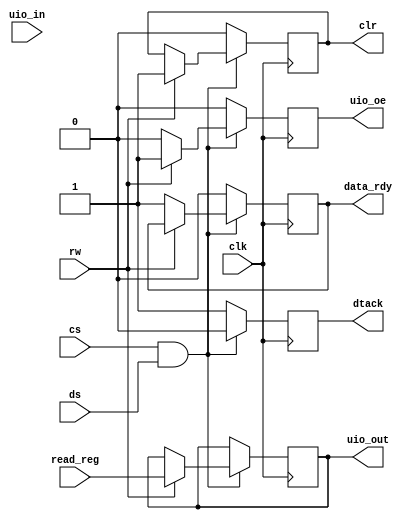
`define default_netname none

module cpu68k_interface(
    input wire clk,         // System clock
    input wire cs,          // Chip select, active high
    input wire ds,          // Data strobe, active high
    input wire rw,          // Read/Write line, high for read, low for write
    input wire [7:0] uio_in,  // Data bus input
    output reg [7:0] uio_out, // Data bus output
    output reg uio_oe,      // Output enable for the data bus
    output reg clr,         // Output high during a read cycle with clock high
    output reg data_rdy,    // Output high during a write cycle with clock high
    output reg dtack,        // Data acknowledge signal, active low
    input wire [7:0] read_reg     // Internal register for read
);

    reg [7:0] write_reg;    // Internal register for write

    // Handle reading and writing based on control signals
    always @(posedge clk) begin
        if (cs && ds) begin
            if (rw) begin  // Read cycle
                uio_out <= read_reg;  // Place read register contents on the bus
                uio_oe <= 1;          // Enable output
                clr <= 1;             // Set clr high as reading occurs
                dtack <= 0;           // Acknowledge the read operation
            end else begin  // Write cycle
                write_reg <= uio_in;  // Capture data from the bus
                data_rdy <= 1;        // Indicate data is ready
                uio_oe <= 0;          // Disable output as it's a write operation
                dtack <= 0;           // Acknowledge the write operation
            end
        end else begin
            uio_oe <= 0;  // Disable output if not selected or strobed
            clr <= 0;     // Clear the read trigger
            data_rdy <= 0;  // Clear the write trigger
            dtack <= 1;    // De-assert DTACK when not active
        end
    end

    initial begin
        $monitor("uio_out=%h uio_oe=%b clr=%b data_rdy=%b dtack=%b", uio_out, uio_oe, clr, data_rdy, dtack);
    end
endmodule